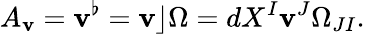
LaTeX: A_{\mathbf{v}}=\mathbf{v}^{\flat}=\mathbf{v}\rfloor\Omega=dX^{I}\mathbf{v}^{J}\Omega_{JI}.